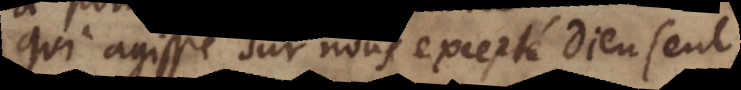
qui agisse sur nous, excepté Dieu seul,